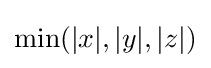
\min(|x|,|y|,|z|)